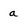
Character: a